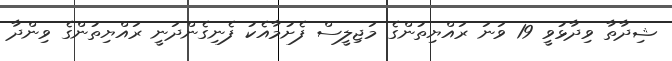
ޝިދާތާ ވިދާޅުވީ 19 ވަނަ ރައްޔިތުންގެ މަޖިލީސް ފެށުމާއެކު ފެނިގެންދަނީ ރައްޔިތުންގެ ވިންދާ